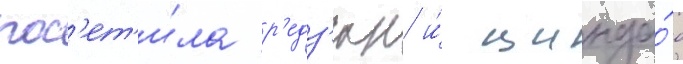
пос'ет'и́ла р'едз'юн и́ цинда́о